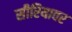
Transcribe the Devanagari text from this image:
सीरियावर